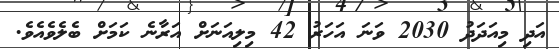
އަދި މިއަދަދު 2030 ވަނަ އަހަރު 42 މިލިއަނަށް އަރާނެ ކަަމަށް ބެލެވެއެވެ.